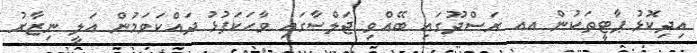
އިދިކޮޅު ޕާޓީތަކުން އއ ރަސްދޫގައި ބޭއްވި ޖަލްސާގައި ވާހަކަފުޅު ދައްކަވަމުން އަލީ ނިޒާރު